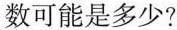
数可能是多少?